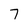
Character: 7